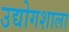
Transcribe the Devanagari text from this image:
उद्योगशाला